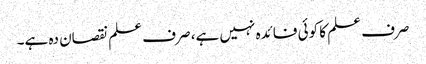
صرف علم کا کوئی فائدہ نہیں ہے، صرف علم نقصان دہ ہے۔